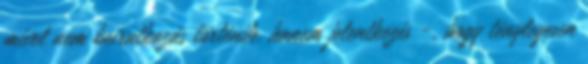
mivel nem beiratkozás történik, hanem jelentkezés -, hogy ténylegesen